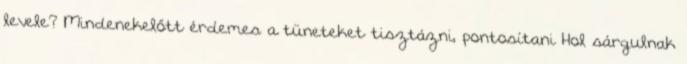
levele? Mindenekelőtt érdemes a tüneteket tisztázni, pontosítani Hol sárgulnak